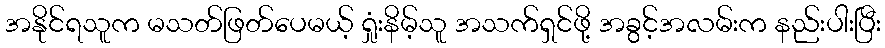
အနိုင်ရသူက မသတ်ဖြတ်ပေမယ့် ရှုံးနိမ့်သူ အသက်ရှင်ဖို့ အခွင့်အလမ်းက နည်းပါးပြီး